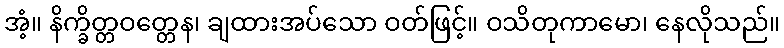
အံ့။ နိက္ခိတ္တဝတ္တေန၊ ချထားအပ်သော ဝတ်ဖြင့်။ ဝသိတုကာမော၊ နေလိုသည်။